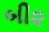
બી૨